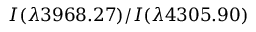
I ( \lambda 3 9 6 8 . 2 7 ) / I ( \lambda 4 3 0 5 . 9 0 )